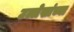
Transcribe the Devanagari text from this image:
उल्लेखांच्या